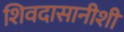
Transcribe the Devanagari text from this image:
शिवदासानीशी